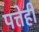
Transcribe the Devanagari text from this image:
पत्तेही